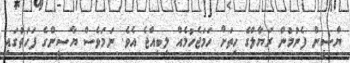
ޔާސީން ފެނުމުން ރަޔާލްގެ ހިތަށް ހަމަޖެހުމެއް ލިބިއްޖެ އެވެ. ނަމަވެސް ޔާސީންގެ ފަހަތުގައި